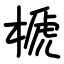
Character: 榹